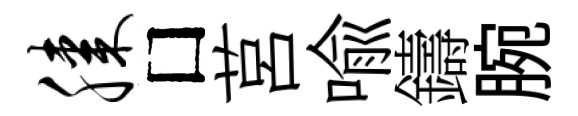
膝□莒喩鑄腕